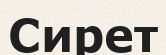
Сирет